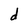
Character: d